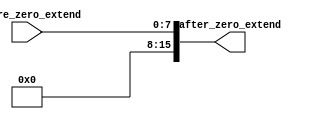
module zero_extend(
input [7:0] before_zero_extend, output reg [15:0] after_zero_extend);

always@(*) begin
	after_zero_extend = {8'h00, before_zero_extend};
end
endmodule